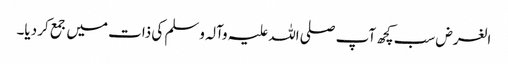
الغرض سب کچھ آپ صلی اللہ علیہ وآلہ وسلم کی ذات میں جمع کر دیا۔